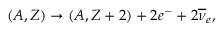
( A , Z ) \rightarrow ( A , Z + 2 ) + 2 e ^ { - } + 2 { \overline { { { \nu } } } } _ { e } ,